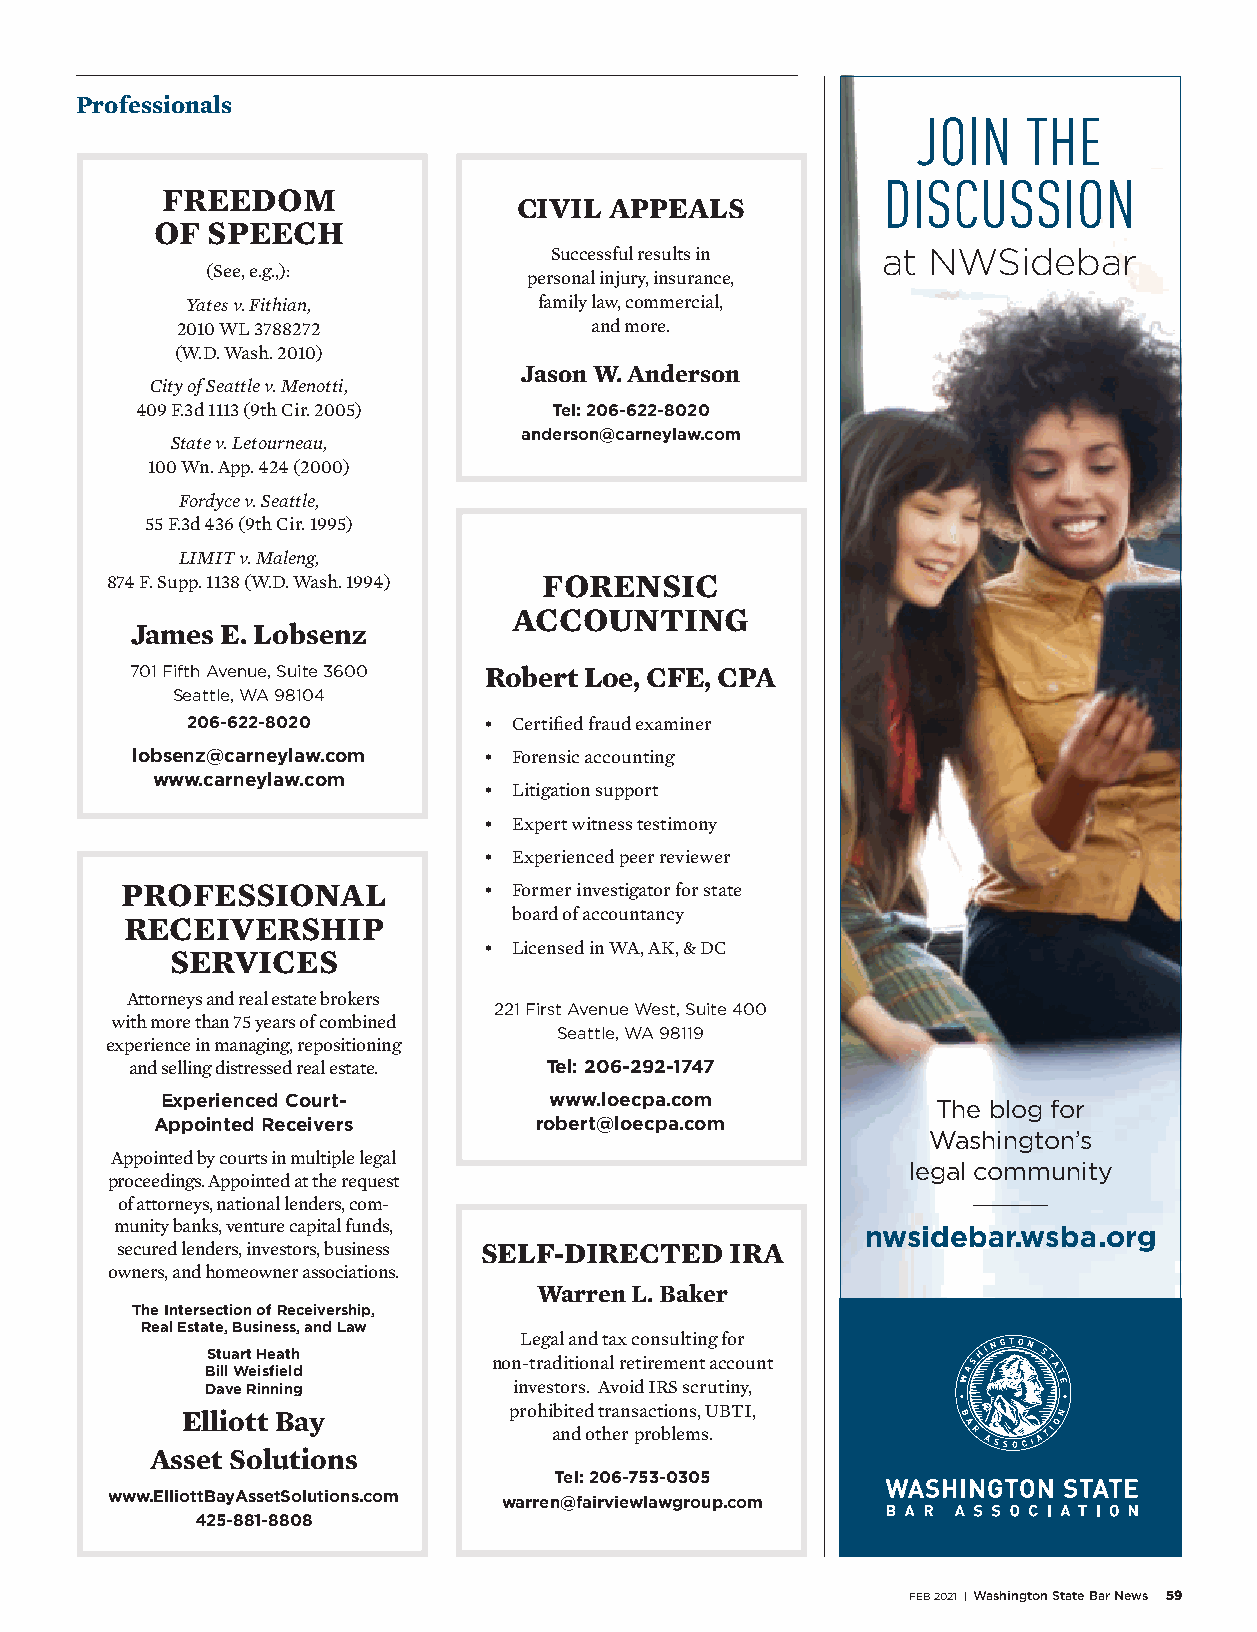
Professionals
 JOIN   THE
 DISCUSSION
 FREEDOM
 CIVIL APPEALS
 OF  SPEECH
 Successful results in at NWSidebar
 (See, e.g.,):
 personal injury, insurance,
 Yates v. Fithian,       family law, commercial,
 2010 WL 3788272            and more.
 (W.D. Wash. 2010)
 Jason W. Anderson
 City of Seattle v. Menotti,
 409 F.3d 1113 (9th Cir. 2005) Tel: 206-622-8020
 anderson@carneylaw.com
 State v. Letourneau,
 100 Wn. App. 424 (2000)
 Fordyce v. Seattle,
 55 F.3d 436 (9th Cir. 1995)
 LIMIT v. Maleng,
 874 F. Supp. 1138 (W.D. Wash. 1994) FORENSIC
 ACCOUNTING
 James E. Lobsenz
 701 Fifth Avenue, Suite 3600 Robert Loe, CFE, CPA
 Seattle, WA 98104
 206-622-8020        • Certified fraud examiner
 lobsenz@carneylaw.com  • Forensic accounting
 www.carneylaw.com
 • Litigation support
 • Expert witness testimony
 • Experienced peer reviewer
 PROFESSIONAL            • Former investigator for state
 board of accountancy
 RECEIVERSHIP
 • Licensed in WA, AK, & DC
 SERVICES
 Attorneys and real estate brokers
 221 First Avenue West, Suite 400
 with more than 75 years of combined
 Seattle, WA 98119
 experience in managing, repositioning
 and selling distressed real estate. Tel: 206-292-1747
 Experienced Court-       www.loecpa.com            The blog for
 Appointed Receivers      robert@loecpa.com
 Washington’s
 Appointed by courts in multiple legal
 legal community
 proceedings. Appointed at the request
 of attorneys, national lenders, com-
 munity banks, venture capital funds,
 nwsidebar.wsba.org
 secured lenders, investors, business SELF-DIRECTED IRA
 owners, and homeowner associations.
 Warren L. Baker
 The Intersection of Receivership,
 Real Estate, Business, and Law
 Legal and tax consulting for
 Stuart Heath
 non-traditional retirement account
 Bill Weisfield
 Dave Rinning        investors. Avoid IRS scrutiny,
 prohibited transactions, UBTI,
 Elliott Bay
 and other problems.
 Asset Solutions
 Tel: 206-753-0305
 www.ElliottBayAssetSolutions.com warren@fairviewlawgroup.com
 425-881-8808
 FEB 2021 | Washington State Bar News 59